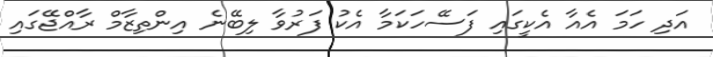
އަދި ހަމަ އެއާ އެކީގައި ފަސޭހަކަމާ އެކު ފަރުވާ ލިބޭނެ އިންތިޒާމް ރާއްޖޭގައި